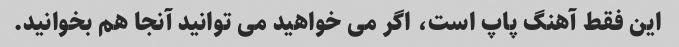
این فقط آهنگ پاپ است، اگر می خواهید می توانید آنجا هم بخوانید.